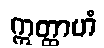
ဣတ္ထာဟံ